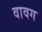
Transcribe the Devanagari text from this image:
वावग